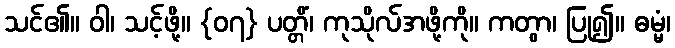
သင်၏။ ဝါ၊ သင့်ဖို့။ {၀၇} ပတ္တိံ၊ ကုသိုလ်အဖို့ကို။ ကတွာ၊ ပြု၍။ ဓမ္မံ၊